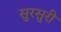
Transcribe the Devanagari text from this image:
सुरसुरी